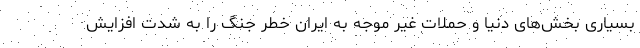
بسیاری بخش‌های دنیا و حملات غیر موجه به ایران خطر جنگ را به شدت افزایش